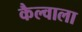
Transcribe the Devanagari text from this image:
कैल्वाला